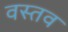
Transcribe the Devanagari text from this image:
वस्तव